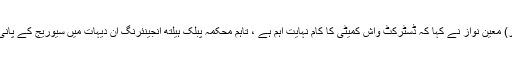
ایم این اے نوابزادہ مظہر علی خاں، ایم پی اے میجر (ر) معین نواز نے کہا کہ ڈسٹرکٹ واش کمیٹی کا کام نہایت اہم ہے ، تاہم محکمہ پبلک ہیلتھ انجینئرنگ ان دیہات میں سیوریج کے پانی کے نکاس کے حوالے سے بھی جامع اقدامات کرے۔